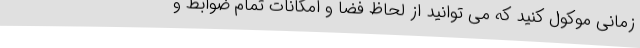
زمانی موکول کنید که می توانید از لحاظ فضا و امکانات تمام ضوابط و